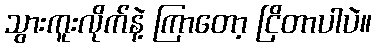
သွားကူးလိုက်နဲ့ ကြာတော့ ငြိတာပါပဲ။